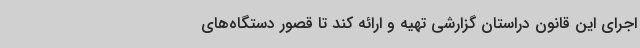
اجرای این قانون دراستان گزارشی تهیه و ارائه کند تا قصور دستگاه‌های